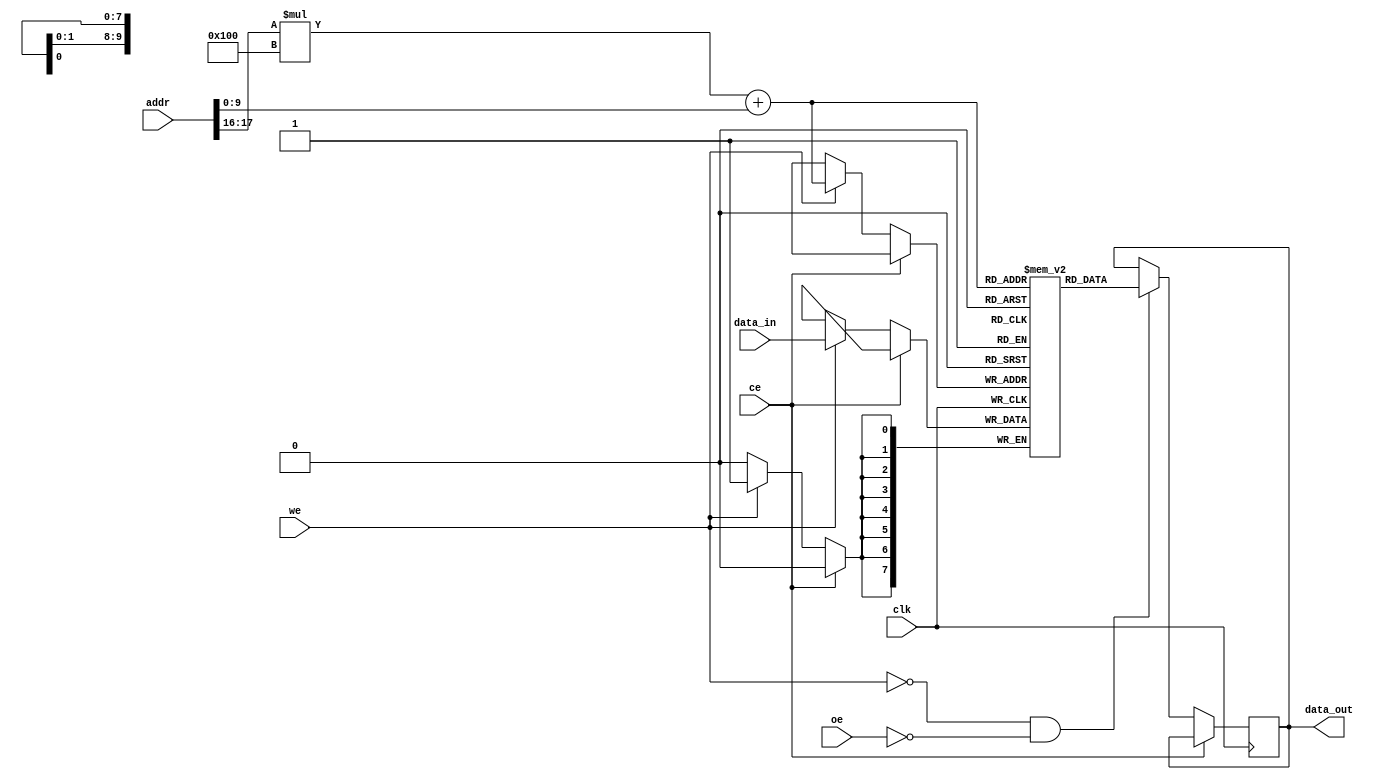
module SRAM #(
    parameter ADDR_WIDTH = 18, // Address width for 256K words
    parameter DATA_WIDTH = 8,   // Word size (8 bits)
    parameter BANKS = 4,        // Number of memory banks
    parameter BANK_SIZE = 256    // Size of each bank (256 words)
) (
    input wire clk,              // Clock signal
    input wire we,               // Write Enable
    input wire oe,               // Output Enable
    input wire ce,               // Chip Enable
    input wire [ADDR_WIDTH-1:0] addr, // Address input
    input wire [DATA_WIDTH-1:0] data_in, // Data input
    output reg [DATA_WIDTH-1:0] data_out  // Data output
);

    // Memory array declaration
    reg [DATA_WIDTH-1:0] memory[BANKS-1:0][BANK_SIZE-1:0];

    // Read/Write operations
    always @(posedge clk) begin
        if (~ce) begin // Chip enable active low
            if (we) begin // Write operation
                memory[addr[ADDR_WIDTH-1:ADDR_WIDTH-2]][addr[ADDR_WIDTH-3:0]] <= data_in; // Select bank and word
            end
            if (~we && ~oe) begin // Read operation with output enabled
                data_out <= memory[addr[ADDR_WIDTH-1:ADDR_WIDTH-2]][addr[ADDR_WIDTH-3:0]];
            end
        end
    end

endmodule